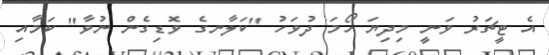
އެ ޓީޗަރު ވަނީ މިދިޔަ ހޯމަ ދުވަހު "ކަލާނގެ ވޮޑިގެން ނުވާ" ކަމާއި